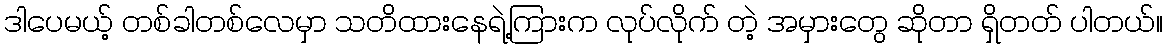
ဒါပေမယ့် တစ်ခါတစ်လေမှာ သတိထားနေရဲ့ကြားက လုပ်လိုက် တဲ့ အမှားတွေ ဆိုတာ ရှိတတ် ပါတယ်။